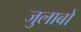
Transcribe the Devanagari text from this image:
जुलाबों